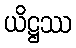
ယိဋ္ဌဿ